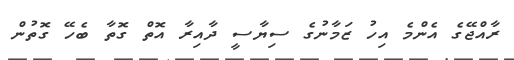
ރާއްޖޭގެ އެންމެ އިހު ޒަމާނުގެ ސިޔާސީ ދާއިރާ އޮތް ގޮތާ ބެހޭ ގޮތުން